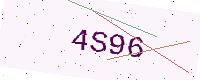
Text: 4S96